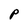
Character: P